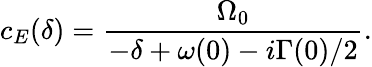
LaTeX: c_{E}(\delta)=\frac{\Omega_{0}}{-\delta+\omega(0)-i\Gamma(0)/2}.